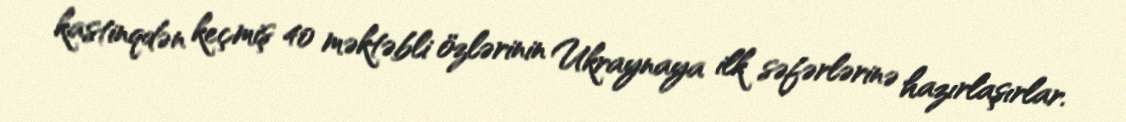
kastinqdən keçmiş 40 məktəbli özlərinin Ukraynaya ilk səfərlərinə hazırlaşırlar.